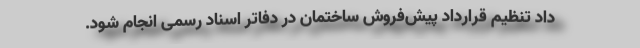
داد تنظیم قراردادِ پیش‌فروش ساختمان در دفاتر اسناد رسمی انجام شود.